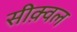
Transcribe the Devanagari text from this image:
सीक़्वल